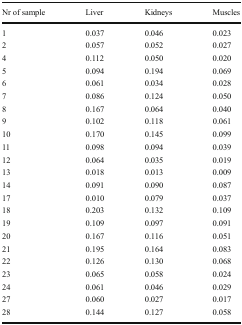
<table><thead><tr><td><b>Nr of sample</b></td><td><b>Liver</b></td><td><b>Kidneys</b></td><td><b>Muscles</b></td></tr></thead><tbody><tr><td>1</td><td>0.037</td><td>0.046</td><td>0.023</td></tr><tr><td>2</td><td>0.057</td><td>0.052</td><td>0.027</td></tr><tr><td>4</td><td>0.112</td><td>0.050</td><td>0.020</td></tr><tr><td>5</td><td>0.094</td><td>0.194</td><td>0.069</td></tr><tr><td>6</td><td>0.061</td><td>0.034</td><td>0.028</td></tr><tr><td>7</td><td>0.086</td><td>0.124</td><td>0.050</td></tr><tr><td>8</td><td>0.167</td><td>0.064</td><td>0.040</td></tr><tr><td>9</td><td>0.102</td><td>0.118</td><td>0.061</td></tr><tr><td>10</td><td>0.170</td><td>0.145</td><td>0.099</td></tr><tr><td>11</td><td>0.098</td><td>0.094</td><td>0.039</td></tr><tr><td>12</td><td>0.064</td><td>0.035</td><td>0.019</td></tr><tr><td>13</td><td>0.018</td><td>0.013</td><td>0.009</td></tr><tr><td>14</td><td>0.091</td><td>0.090</td><td>0.087</td></tr><tr><td>17</td><td>0.010</td><td>0.079</td><td>0.037</td></tr><tr><td>18</td><td>0.203</td><td>0.132</td><td>0.109</td></tr><tr><td>19</td><td>0.109</td><td>0.097</td><td>0.091</td></tr><tr><td>20</td><td>0.167</td><td>0.116</td><td>0.051</td></tr><tr><td>21</td><td>0.195</td><td>0.164</td><td>0.083</td></tr><tr><td>22</td><td>0.126</td><td>0.130</td><td>0.068</td></tr><tr><td>23</td><td>0.065</td><td>0.058</td><td>0.024</td></tr><tr><td>24</td><td>0.061</td><td>0.046</td><td>0.029</td></tr><tr><td>27</td><td>0.060</td><td>0.027</td><td>0.017</td></tr><tr><td>28</td><td>0.144</td><td>0.127</td><td>0.058</td></tr></tbody></table>